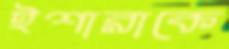
ইশারাকে